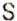
S